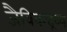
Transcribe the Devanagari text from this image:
जैविकद्रव्य